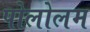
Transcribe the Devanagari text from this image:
पोलोलम